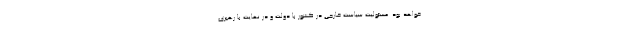
خواهد بود. مسئولیت سیاست خارجی در کشور با دولت و در نهایت با رهبری